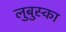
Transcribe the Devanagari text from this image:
लुबुस्का